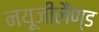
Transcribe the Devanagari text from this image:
नयूजीलैण्ड